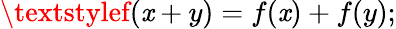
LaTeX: \textstylef(\mathit{x}+y)=f(\mathit{x})+f(y);